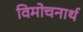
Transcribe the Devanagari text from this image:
विमोचनार्थ